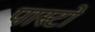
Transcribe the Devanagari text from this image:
पास्टो